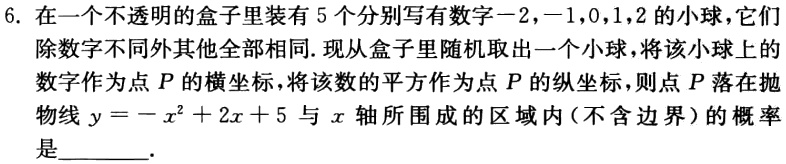
6. 在一个不透明的盒子里装有 5 个分别写有数字\(-2,-1,0,1,2\)的小球，它们除数字不同外其他全部相同. 现从盒子里随机取出一个小球，将该小球上的数字作为点\(P\)的横坐标，将该数的平方作为点\(P\)的纵坐标，则点\(P\)落在抛物线\(y = -x^{2}+2x + 5\)与\(x\)轴所围成的区域内（不含边界）的概率是________.